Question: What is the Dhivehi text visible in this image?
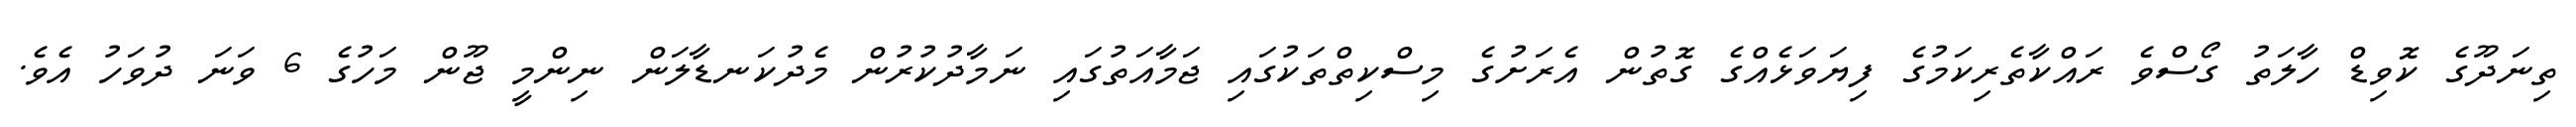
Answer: ތިނަދޫގެ ކޮވިޑް ހާލަތު ގޯސްވެ ރައްކާތެރިކަމުގެ ފިޔަވަޅެއްގެ ގޮތުން އެރަށުގެ މިސްކިތްތަކުގައި ޖަމާއަތުގައި ނަމާދުކުރުން މެދުކަނޑާލަން ނިންމީ ޖޫން މަހުގެ 6 ވަނަ ދުވަހު އެވެ.